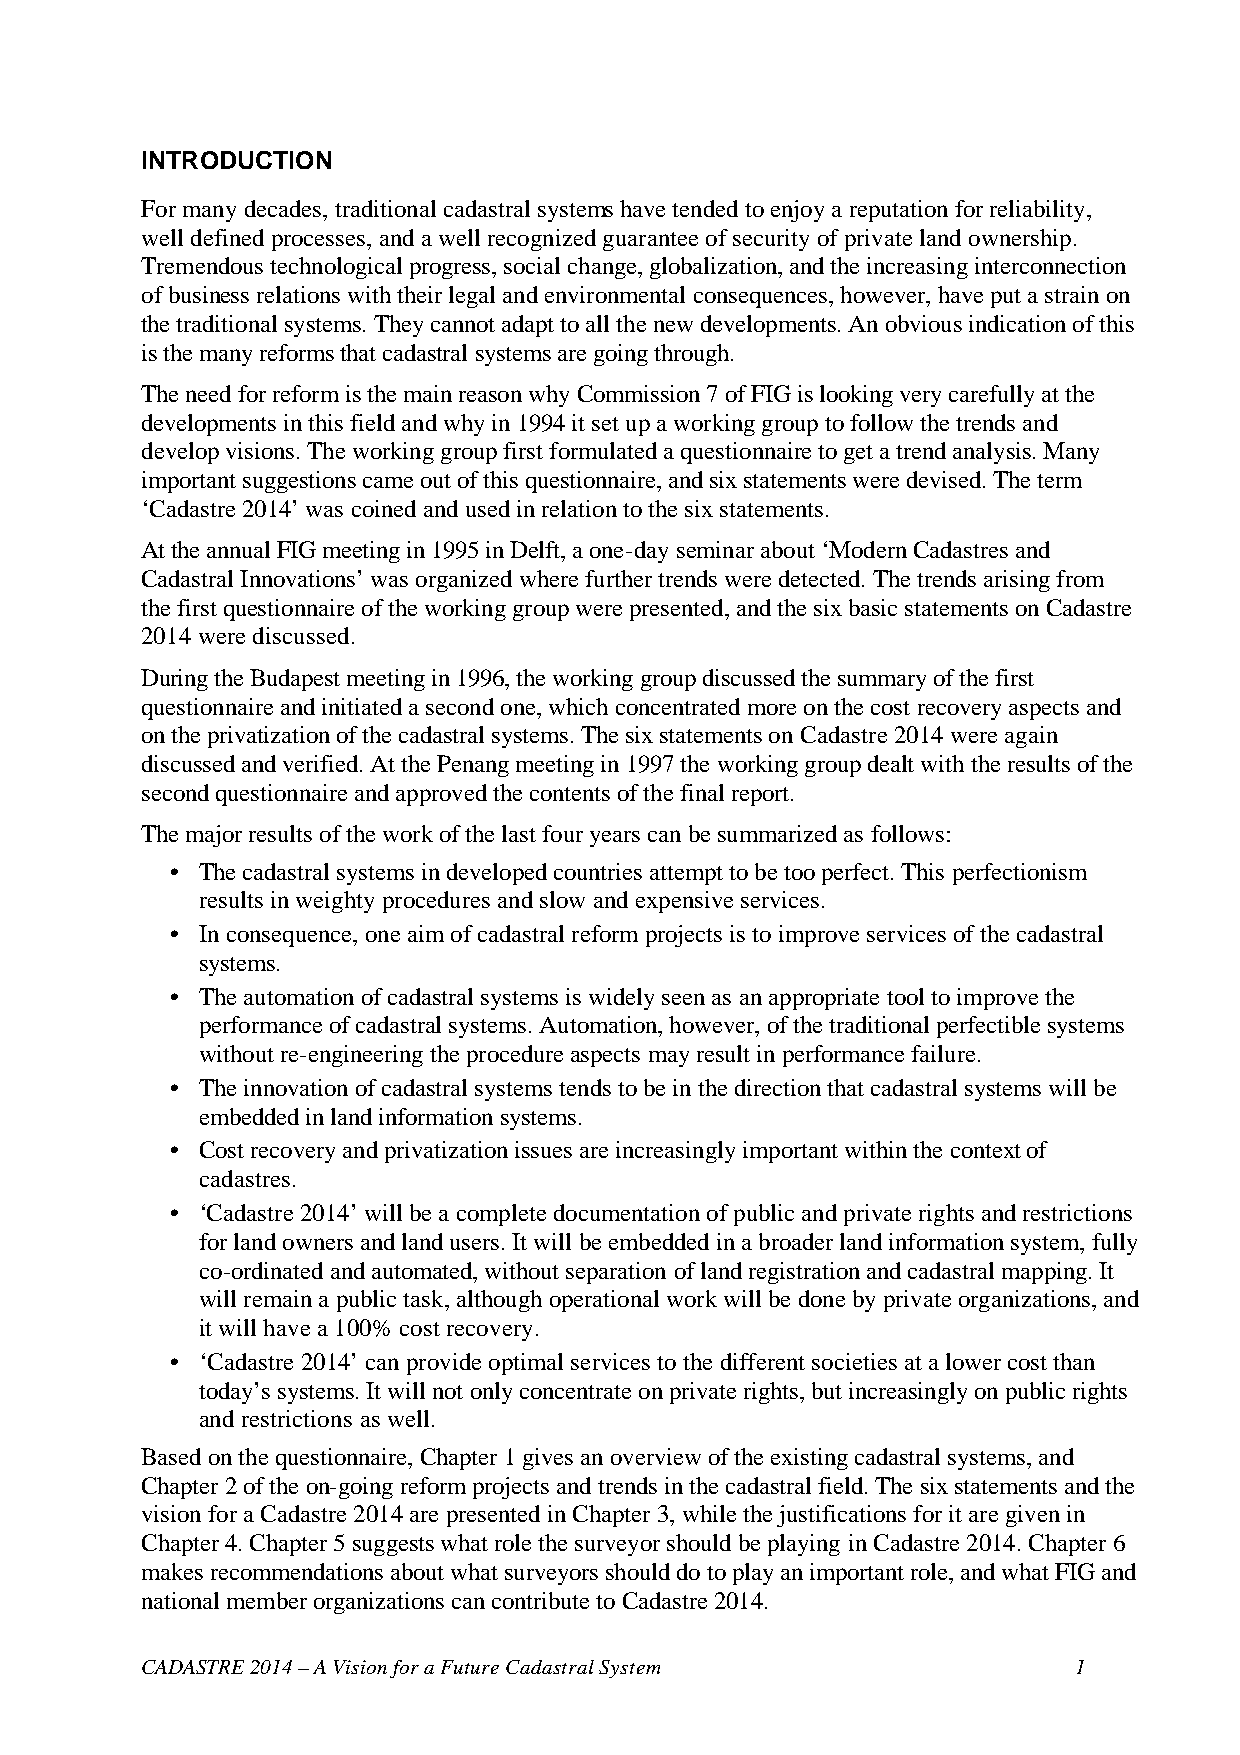
INTRODUCTION
 For many decades, traditional cadastral systems have tended to enjoy a reputation for reliability,
 well defined processes, and a well recognized guarantee of security of private land ownership.
 Tremendous technological progress, social change, globalization, and the increasing interconnection
 of business relations with their legal and environmental consequences, however, have put a strain on
 the traditional systems. They cannot adapt to all the new developments. An obvious indication of this
 is the many reforms that cadastral systems are going through.
 The need for reform is the main reason why Commission 7 of FIG is looking very carefully at the
 developments in this field and why in 1994 it set up a working group to follow the trends and
 develop visions. The working group first formulated a questionnaire to get a trend analysis. Many
 important suggestions came out of this questionnaire, and six statements were devised. The term
 ‘Cadastre 2014’ was coined and used in relation to the six statements.
 At the annual FIG meeting in 1995 in Delft, a one-day seminar about ‘Modern Cadastres and
 Cadastral Innovations’ was organized where further trends were detected. The trends arising from
 the first questionnaire of the working group were presented, and the six basic statements on Cadastre
 2014 were discussed.
 During the Budapest meeting in 1996, the working group discussed the summary of the first
 questionnaire and initiated a second one, which concentrated more on the cost recovery aspects and
 on the privatization of the cadastral systems. The six statements on Cadastre 2014 were again
 discussed and verified. At the Penang meeting in 1997 the working group dealt with the results of the
 second questionnaire and approved the contents of the final report.
 The major results of the work of the last four years can be summarized as follows:
 • The cadastral systems in developed countries attempt to be too perfect. This perfectionism
 results in weighty procedures and slow and expensive services.
 • In consequence, one aim of cadastral reform projects is to improve services of the cadastral
 systems.
 • The automation of cadastral systems is widely seen as an appropriate tool to improve the
 performance of cadastral systems. Automation, however, of the traditional perfectible systems
 without re-engineering the procedure aspects may result in performance failure.
 • The innovation of cadastral systems tends to be in the direction that cadastral systems will be
 embedded in land information systems.
 • Cost recovery and privatization issues are increasingly important within the context of
 cadastres.
 • ‘Cadastre 2014’ will be a complete documentation of public and private rights and restrictions
 for land owners and land users. It will be embedded in a broader land information system, fully
 co-ordinated and automated, without separation of land registration and cadastral mapping. It
 will remain a public task, although operational work will be done by private organizations, and
 it will have a 100% cost recovery.
 • ‘Cadastre 2014’ can provide optimal services to the different societies at a lower cost than
 today’s systems. It will not only concentrate on private rights, but increasingly on public rights
 and restrictions as well.
 Based on the questionnaire, Chapter 1 gives an overview of the existing cadastral systems, and
 Chapter 2 of the on-going reform projects and trends in the cadastral field. The six statements and the
 vision for a Cadastre 2014 are presented in Chapter 3, while the justifications for it are given in
 Chapter 4. Chapter 5 suggests what role the surveyor should be playing in Cadastre 2014. Chapter 6
 makes recommendations about what surveyors should do to play an important role, and what FIG and
 national member organizations can contribute to Cadastre 2014.
 CADASTRE 2014 – A Vision for a Future Cadastral System        1